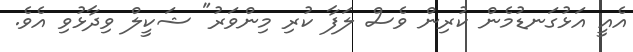
އެއީ އަޅުގަނޑުމެން ކުރިން ވެސް ލަފާ ކުރި މިންވަރު" ޝަކީލް ވިދާޅުވި އެވެ.